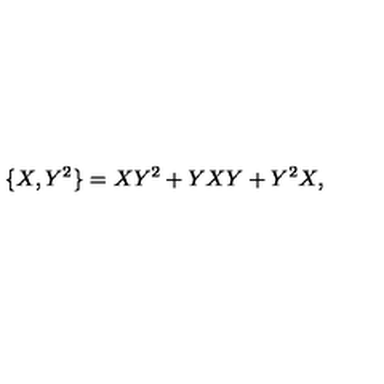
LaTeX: \{ X , Y ^ { 2 } \} = X Y ^ { 2 } + Y X Y + Y ^ { 2 } X ,